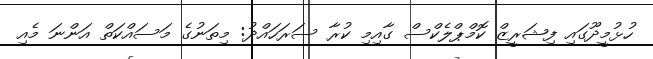
ހުޅުމީދޫގައި ފިޝަރީޒް ކޮމްޕްލެކްސް ގާއިމި ކުރާ ސަރަހައްދު: މިތަނުގެ މަސައްކަތް އަންނަ މެއި